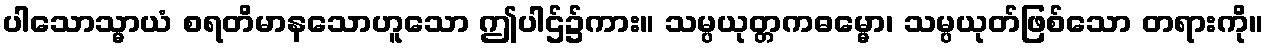
ပါသောသ္မာယံ စရတိမာနသောဟူသော ဤပါဌ်၌ကား။ သမ္ပယုတ္တကဓမ္မော၊ သမ္ပယုတ်ဖြစ်သော တရားကို။